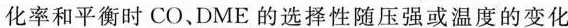
化率和平衡时CO、DME的选择性随压强或温度的变化